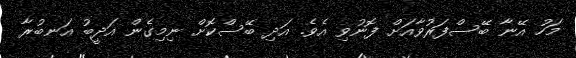
މަހު އޭނާ ބޭސްފަރުވާއަށް ފޮނުވި އެވެ. އަދި ބޭސްކޮށް ނިމިގެން އަދީބު އަނބުރާ